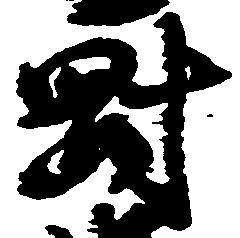
剛